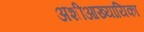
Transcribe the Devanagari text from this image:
अशीआख्यायिका